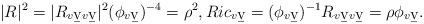
LaTeX: \begin{align*}|R|^2=|R_{v\b{v}v\b{v}}|^2(\phi_{v\b{v}})^{-4}=\rho^2,Ric_{v\b{v}}=(\phi_{v\b{v}})^{-1}R_{v\b{v}v\b{v}}=\rho\phi_{v\b{v}}.\end{align*}